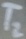
Text: T2